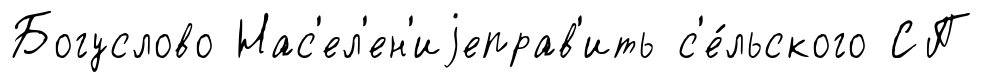
Богуслово Нас'ел'ен'иjеправ'ить с'е́льского СП